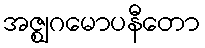
အဇ္ဈဂမောပနီတော